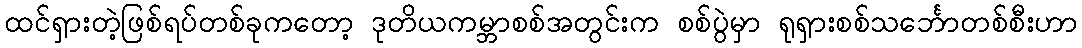
ထင်ရှားတဲ့ဖြစ်ရပ်တစ်ခုကတော့ ဒုတိယကမ္ဘာစစ်အတွင်းက စစ်ပွဲမှာ ရုရှားစစ်သင်္ဘောတစ်စီးဟာ